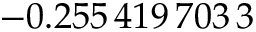
- 0 . 2 5 5 \, 4 1 9 \, 7 0 3 \, 3